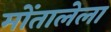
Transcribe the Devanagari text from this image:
मोंतालेला